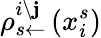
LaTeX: \rho_{s\leftarrow}^{i\setminus\mathbf{j}}\left(x_{i}^{s}\right)